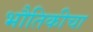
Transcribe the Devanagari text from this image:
भौतिकीचा